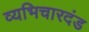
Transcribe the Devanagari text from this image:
व्यभिचारदंड